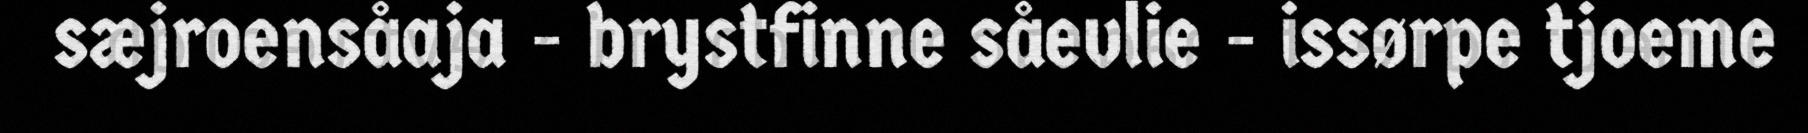
sæjroensåaja - brystfinne såevlie - issørpe tjoeme